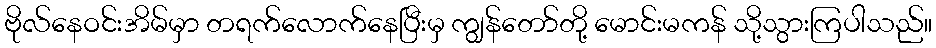
ဗိုလ်နေဝင်းအိမ်မှာ တရက်လောက်နေပြီးမှ ကျွန်တော်တို့ မောင်းမကန် သို့သွားကြပါသည်။